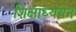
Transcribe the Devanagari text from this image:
शिक्षाध्ययन